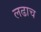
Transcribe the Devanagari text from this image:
लढाच